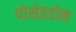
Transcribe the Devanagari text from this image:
पोसेइडोन